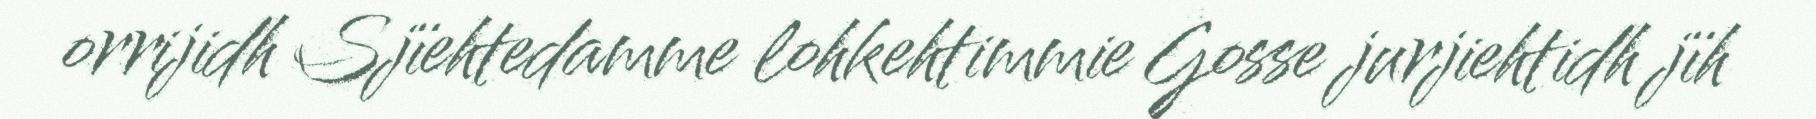
orrijidh Sjïehtedamme lohkehtimmie Gosse jurjiehtidh jïh